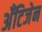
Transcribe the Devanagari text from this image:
अँटिजेन